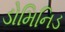
ડોમિનિડ